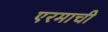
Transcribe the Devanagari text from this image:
एरमाची